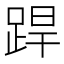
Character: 𨁄